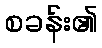
စခန်း၏